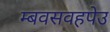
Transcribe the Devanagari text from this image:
म्बवसवहपेउ